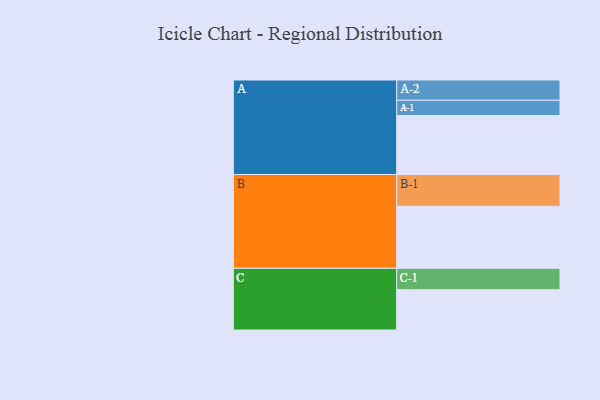
{"axis": {"x": "Segment", "y": "Value"}, "legend": ["", "A", "B", "C"], "data": [{"x": "A", "y": 521, "type": ""}, {"x": "B", "y": 548, "type": ""}, {"x": "C", "y": 356, "type": ""}, {"x": "A-1", "y": 135, "type": "A"}, {"x": "A-2", "y": 179, "type": "A"}, {"x": "B-1", "y": 281, "type": "B"}, {"x": "C-1", "y": 189, "type": "C"}]}